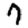
Digit: 7